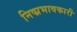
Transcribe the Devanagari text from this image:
निष्प्रभावकारी